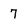
Character: 7